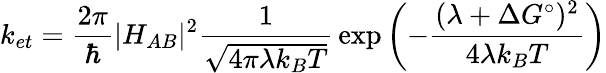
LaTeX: k_{et}={\frac{2\pi}{\hbar}}|H_{AB}|^{2}{\frac{1}{\sqrt{4\pi\lambda k_{B}T}}}\exp\left(-{\frac{(\lambda+\Delta G^{\circ})^{2}}{4\lambda k_{B}T}}\right)